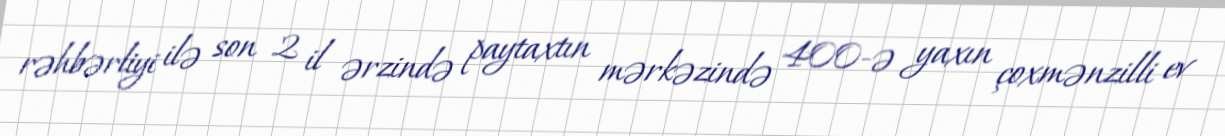
rəhbərliyi ilə son 2 il ərzində paytaxtın mərkəzində 400-ə yaxın çoxmənzilli ev